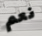
نعم